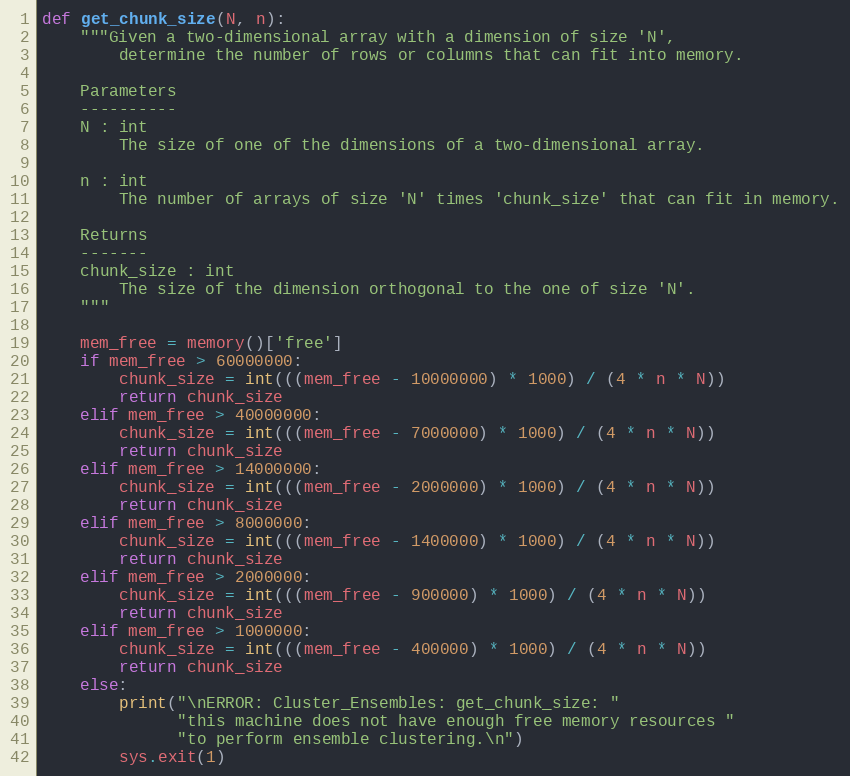
Language: Python
def get_chunk_size(N, n):
    """Given a two-dimensional array with a dimension of size 'N',
        determine the number of rows or columns that can fit into memory.

    Parameters
    ----------
    N : int
        The size of one of the dimensions of a two-dimensional array.

    n : int
        The number of arrays of size 'N' times 'chunk_size' that can fit in memory.

    Returns
    -------
    chunk_size : int
        The size of the dimension orthogonal to the one of size 'N'.
    """

    mem_free = memory()['free']
    if mem_free > 60000000:
        chunk_size = int(((mem_free - 10000000) * 1000) / (4 * n * N))
        return chunk_size
    elif mem_free > 40000000:
        chunk_size = int(((mem_free - 7000000) * 1000) / (4 * n * N))
        return chunk_size
    elif mem_free > 14000000:
        chunk_size = int(((mem_free - 2000000) * 1000) / (4 * n * N))
        return chunk_size
    elif mem_free > 8000000:
        chunk_size = int(((mem_free - 1400000) * 1000) / (4 * n * N))
        return chunk_size
    elif mem_free > 2000000:
        chunk_size = int(((mem_free - 900000) * 1000) / (4 * n * N))
        return chunk_size
    elif mem_free > 1000000:
        chunk_size = int(((mem_free - 400000) * 1000) / (4 * n * N))
        return chunk_size
    else:
        print("\nERROR: Cluster_Ensembles: get_chunk_size: "
              "this machine does not have enough free memory resources "
              "to perform ensemble clustering.\n")
        sys.exit(1)